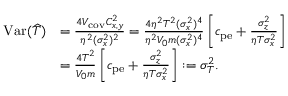
\begin{array} { r l } { \mathrm { V a r } ( \widehat { T } ) } & { = \frac { 4 V _ { \mathrm { c o v } } C _ { x , y } ^ { 2 } } { \eta ^ { 2 } ( \sigma _ { x } ^ { 2 } ) ^ { 2 } } = \frac { 4 \eta ^ { 2 } T ^ { 2 } ( \sigma _ { x } ^ { 2 } ) ^ { 4 } } { \eta ^ { 2 } V _ { 0 } m ( \sigma _ { x } ^ { 2 } ) ^ { 4 } } \left[ c _ { \mathrm { p e } } + \frac { \sigma _ { z } ^ { 2 } } { \eta T \sigma _ { x } ^ { 2 } } \right] } \\ & { = \frac { 4 T ^ { 2 } } { V _ { 0 } m } \left[ c _ { \mathrm { p e } } + \frac { \sigma _ { z } ^ { 2 } } { \eta T \sigma _ { x } ^ { 2 } } \right] : = \sigma _ { T } ^ { 2 } . } \end{array}